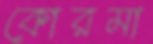
কোরমা